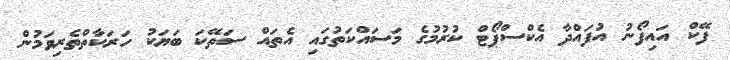
ފޭކް އައިފޯނު އުފައްދާ އެކްސްޕޯޓް ކުރުމުގެ މަސައްކަތުގައި އެތައް ސަތޭކަ ބަޔަކު ހަރަކާތްތެރިވަމުން